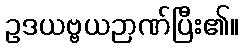
ဥဒယဗ္ဗယဉာဏ်ပြီး၏။